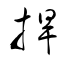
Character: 捍